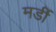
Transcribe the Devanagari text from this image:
मर्डी